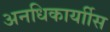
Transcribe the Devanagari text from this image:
अनधिकार्याीस